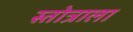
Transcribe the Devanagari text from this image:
स्तोत्राला